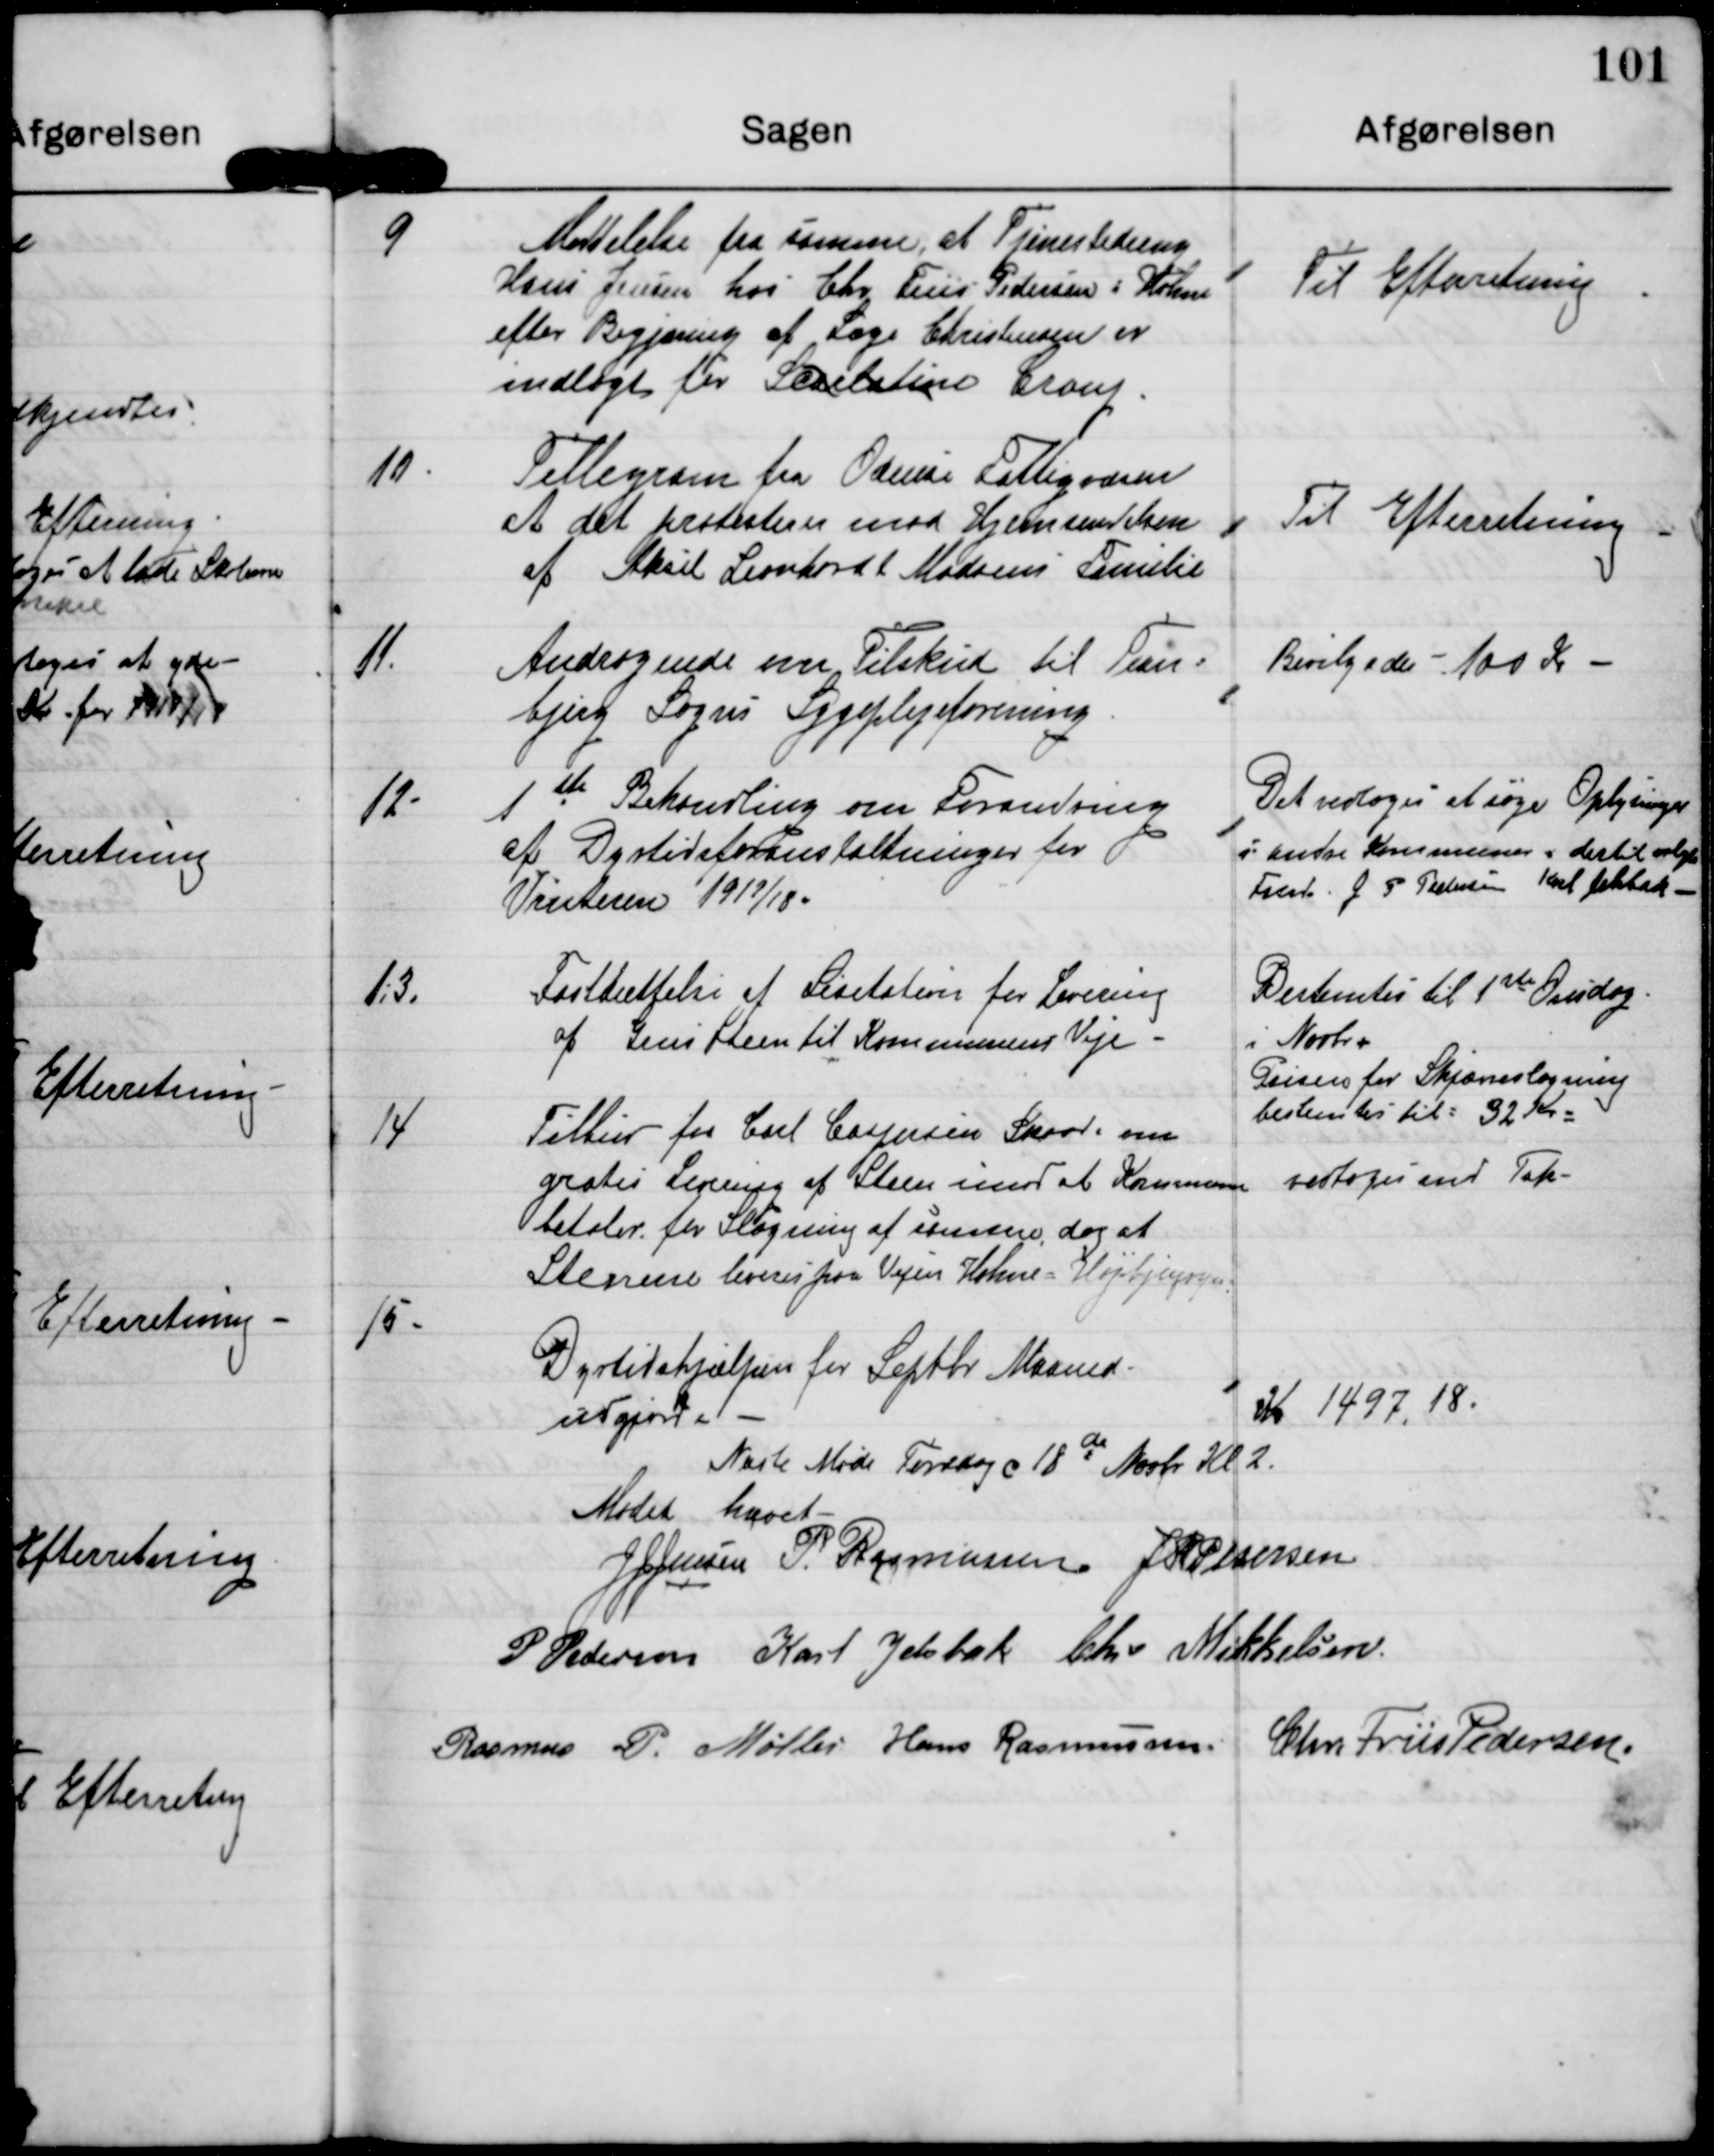
Transskription:
9

Meddelelse fra samme, at Tjenestedreng
Hans Jensen hos Chr Friis Pedersen i Holme
efter Begjæring af Læge Christensen er
indlagt for Scarlatine Croup

Til Efterretning

10

Tellegram fra Odense Fattigvæsen
at det protesterer mod Hjemsendelsen
af Aksel Leonhardt Madsens Familie

Til Efterretning

11.

Andragende om Tilskud til Tran-
bjerg Sogns Sygeplejeforening.

Bevilgedes 100 Kr.

12

1st Behandling om Forandring
af Dyrtidsforanstaltninger for
Vinteren 1917/18.

Det vedtoges at søge Oplysninger
i andre Kommuner - dertil valgtes
Formd J P Pedersen Karl Jelsbak

13

Fastsættelse af Lisetation for Levering
af Grus Steen til Kommunens Veje

Bestemtes til 1st onsdag
i Novbr
Prisen for Skjærvelægning
bestemtes til 32 Kr

14

Tilbud fra Carl Caspersen Skaade om
gratis Levering af Steen imod at Kommuen
betaler for Slagning af stenene, dog at
Stenene leveres paa Vejen Holme = Højbjergvejen

vedtoges med Tak

15

Dyrtidshjælpen for Septbr Maaned
opgjort

Kr 1497,18

Næste Møde Torsdag d 18de Novbr Kl 2.

Mødet hævet

J J Jensen

P. Rasmussen

J P Petersen

P Pedersen

Karl Jelsbak

Chr. Mikkelsen

Rasmus P. Møller

Hans Rasmussen

Chr. Friis Pedersen